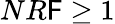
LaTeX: NR\mathsf{F}\geq1